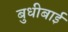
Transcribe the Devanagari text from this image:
बुधीबाई